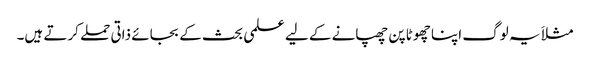
مثلاَ یہ لوگ اپنا چھوٹا پن چھپانے کے لیے علمی بحث کے بجائے ذاتی حملے کرتے ہیں۔